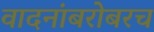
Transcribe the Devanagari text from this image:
वादनांबरोबरच